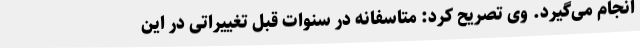
انجام می‌گیرد. وی تصریح کرد: متاسفانه در سنوات قبل تغییراتی در این